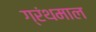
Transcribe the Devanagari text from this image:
ग्रंथमाल